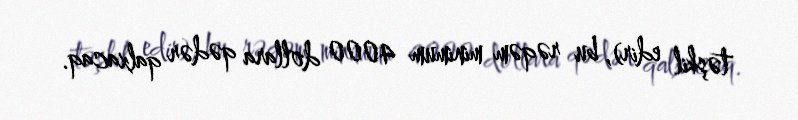
təşkil edir), bu rəqəm minimum 4000 dollara qədər qalxacaq.